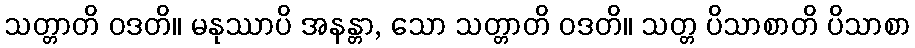
သတ္တာတိ ဝဒတိ။ မနုဿာပိ အနန္တာ, သော သတ္တာတိ ဝဒတိ။ သတ္တ ပိသာစာတိ ပိသာစာ